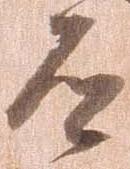
道